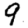
Digit: 9